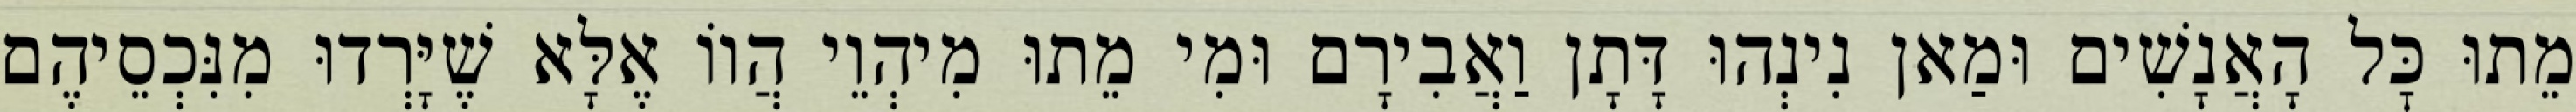
מֵתוּ כׇּל הָאֲנָשִׁים וּמַאן נִינְהוּ דָּתָן וַאֲבִירָם וּמִי מֵתוּ מִיהְוֵי הֲווֹ אֶלָּא שֶׁיָּרְדוּ מִנִּכְסֵיהֶם